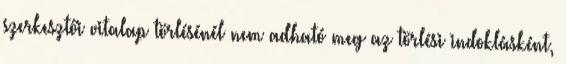
szerkesztői vitalap törlésénél nem adható meg az törlési indoklásként,